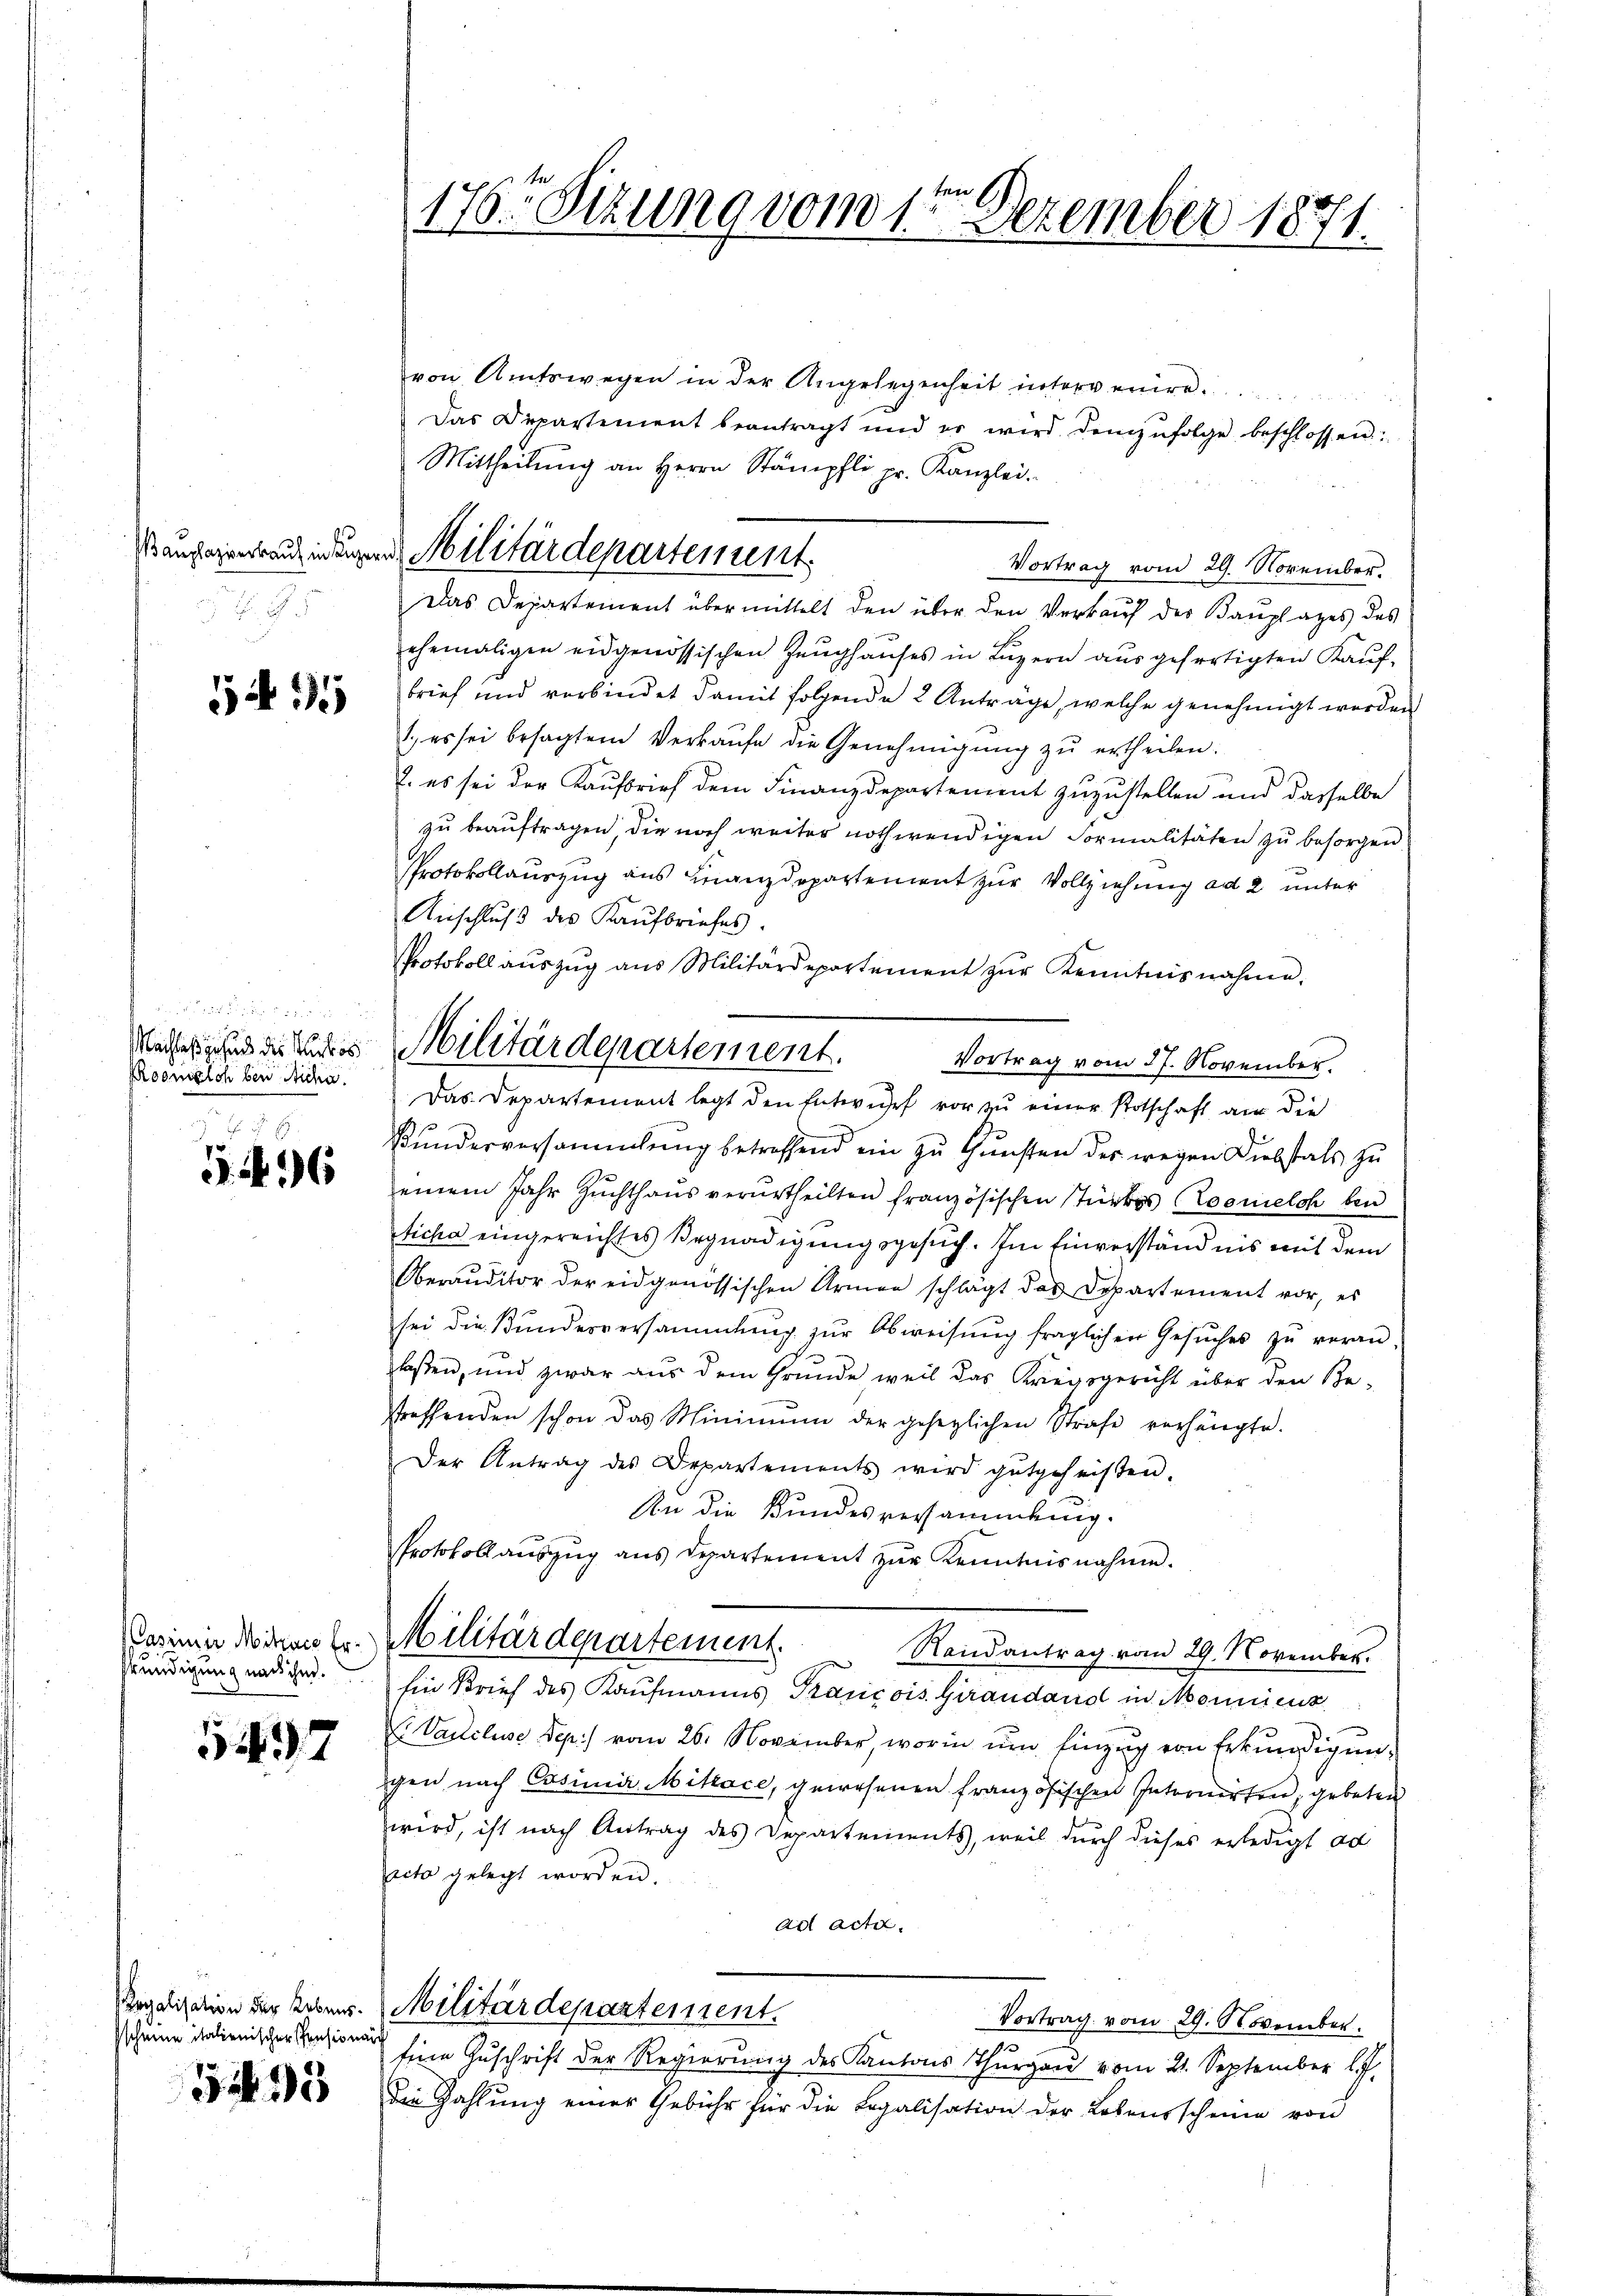
5495

e
Machtes gesund der Kurkos
Roomelch bei Micha
  xx

596

Casimi Mitrace Erkündigung nach ihm.

1437

Regalisation der Lebens.
sscheine italienischer Pensiona

333

176. Sizung vom 1ten Dezember 1871.

Mansageneidungen Militärdepartement.

von Amtswegen in der Angelegenheit intervere
Das Departement beantragt und er wird demzufolge beschlossen:
Mittheilŭng an Herrn Stämpfli pr. Kanzlei.
Vortrag vom 29. November.
Das Departement übermittelt den über den Verkauf der Bauplatzes des
ehemaligen eidgenössischen Zeughauses in Luzern ausgefertigten Kaufbrief und verbindet damit folgende 2 Anträge, welche genehmigt werden
 es sei besagtem Verkaŭfe die Genehmigŭng zŭ ertheilen.
2. es sei der Kaufbrief dem Finanzdepartement zuzustellen und dasselbe
zu beauftragen die noch weiter nothwendigen Formalitäten zu besorgen.
Protokollauszug aus Finanzdepartement zur Vollziehung ad 2 unter
Anschluß des Kaufbriefes.
Protokoll aŭszŭg aŭs Militärdepartement zŭr Kenntnisnahme.
Vortrag vom 27. November.
Das Departement legt den Entwurf vor zu einer Potschaft aus die
Kunderversammlung betreffend ein zŭ Gŭnsten des wegen Diebstals zu
einem Jahr Zŭchthaŭs verurtheilten französischen Türkes Kosmelch ben
tiche eingereichtes Begnadigungsgesuch. Im Einverstand ins mit dem
Oberauditor der eidgenössischen Armen schlägt das Departement vor, es
sei die Kundesversammlung zŭr Abweisŭng fraglichen Gesŭches zŭ veran-
laßen, und zwar aus dem Grunde weil das Kriegsgericht über den Be-
treffenden schon das Minimum der gesezlichen Strafe verhängte.
Der Antrag des Departements wird gutgeheißen.
An die Bundesversammlung.
Protokoll aŭszŭg aŭs departement zŭr Kenntnisnahme.
Militärdepartement.
Randantrag vom 29. November.
Ein Brief des Kaufmanns Krancois Girandand in Mannicus
Vaucluse Dep.) vom 26. November, worin um Einzug von Erkundigungen nach Casimir Millace, gewesenen französischen Internirten, gebeten
wird, ist nach Antrag des Departements, weil durch dieses erledigt ad
rito gelegt worden.
ad acta.
Militärdepartement.
Vortrag vom 29. November.
Eine Zuschrift der Regierung des Kantons Thurgau vom 21. September l.J.
Die Zahlŭng einer Gebühr für die Legalisation der Lebensscheine von

Militärdepartement.